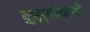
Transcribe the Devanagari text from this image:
युसुपोव्हने